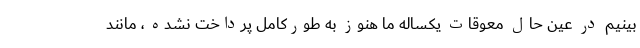
بینیم در عین حال معوقات یکساله ما هنوز به طورکامل پرداخت نشده ، مانند